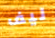
ليف